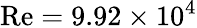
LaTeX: \mathrm{Re}=9.92\times 10^{4}